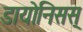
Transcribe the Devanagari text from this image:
डायोनिसस्